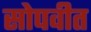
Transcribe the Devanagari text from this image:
सोपवीत